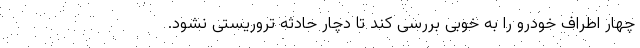
چهار اطراف خودرو را به خوبی بررسی کند تا دچار حادثه تروریستی نشود.